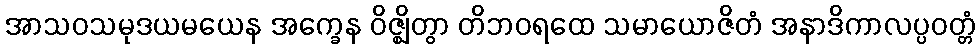
အာသဝသမုဒယမယေန အက္ခေန ဝိဇ္ဈိတွာ တိဘဝရထေ သမာယောဇိတံ အနာဒိကာလပ္ပဝတ္တံ